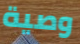
وصية